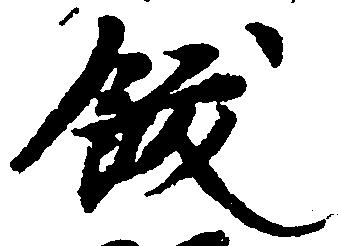
飮